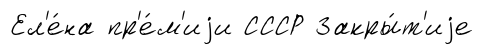
Ел'е́на пр'е́м'иjи СССР Закры́т'иjе